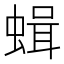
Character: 𧎎